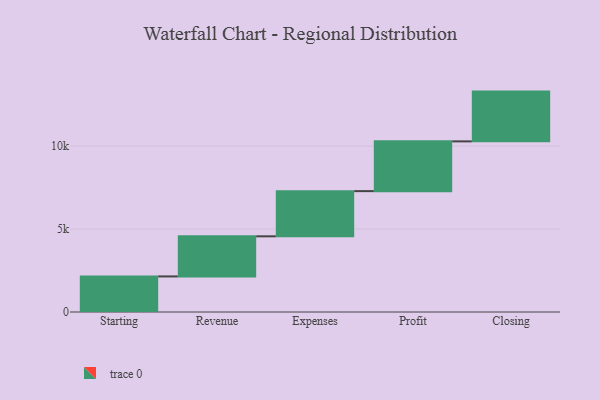
{"axis": {"x": "Step", "y": "Value"}, "legend": [""], "data": [{"x": "Starting", "y": 2144.0, "type": ""}, {"x": "Revenue", "y": 2418.0, "type": ""}, {"x": "Expenses", "y": 2724.0, "type": ""}, {"x": "Profit", "y": 3000, "type": ""}, {"x": "Closing", "y": 3000, "type": ""}]}